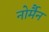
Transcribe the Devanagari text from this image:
नोर्मैन